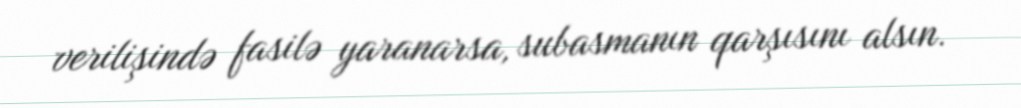
verilişində fasilə yaranarsa, subasmanın qarşısını alsın.